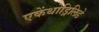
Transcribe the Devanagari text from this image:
एकेंथोड्रिलिडे